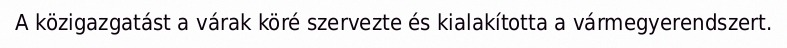
A közigazgatást a várak köré szervezte és kialakította a vármegyerendszert.